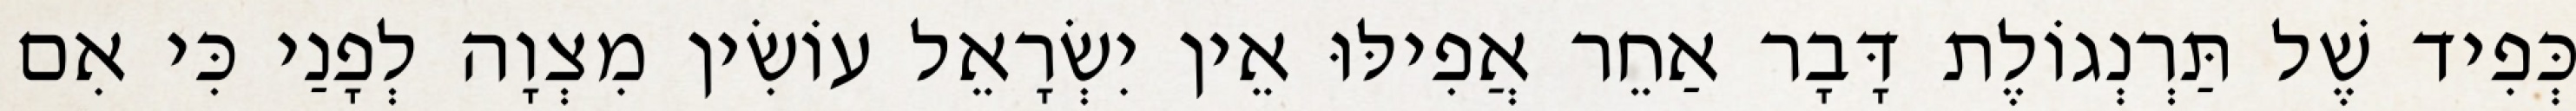
כְּפִיד שֶׁל תַּרְנְגוֹלֶת דָּבָר אַחֵר אֲפִילּוּ אֵין יִשְׂרָאֵל עוֹשִׂין מִצְוָה לְפָנַי כִּי אִם